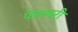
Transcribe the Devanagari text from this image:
पेंडल्बरी